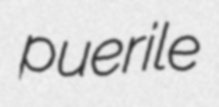
puerile